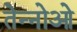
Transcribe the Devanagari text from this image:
तेन्नोओ